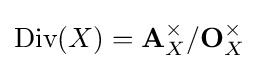
{\text{Div}}(X)=\mathbf {A} _{X}^{\times }/\mathbf {O} _{X}^{\times }